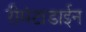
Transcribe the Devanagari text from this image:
रीमंटाडाईन